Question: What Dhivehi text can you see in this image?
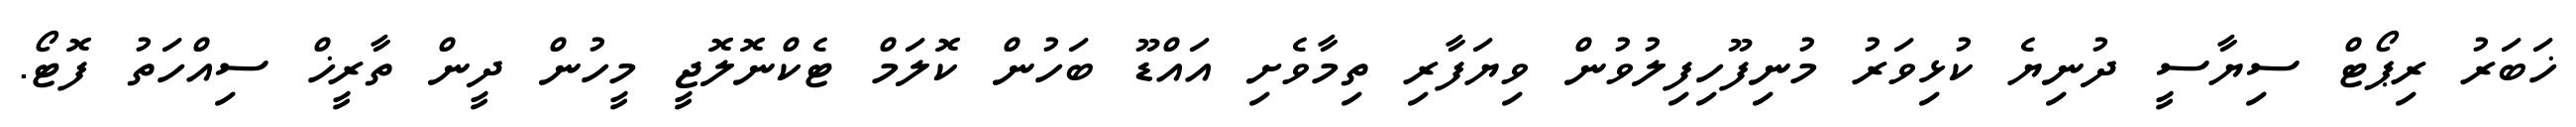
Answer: ޚަބަރު ރިޕޯޓް ސިޔާސީ ދުނިޔެ ކުޅިވަރު މުނިފޫހިފިލުވުން ވިޔަފާރި ތިމާވެށި އައްޑޫ ބަހުން ކޮލަމް ޓެކްނޮލޮޖީ މީހުން ދީން ތާރީޚް ސިއްހަތު ފޮޓޯ.